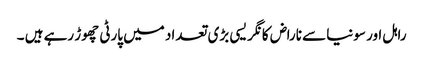
راہل اور سونیا سے ناراض کانگریسی بڑی تعداد میں پارٹی چھوڑ رہے ہیں ۔